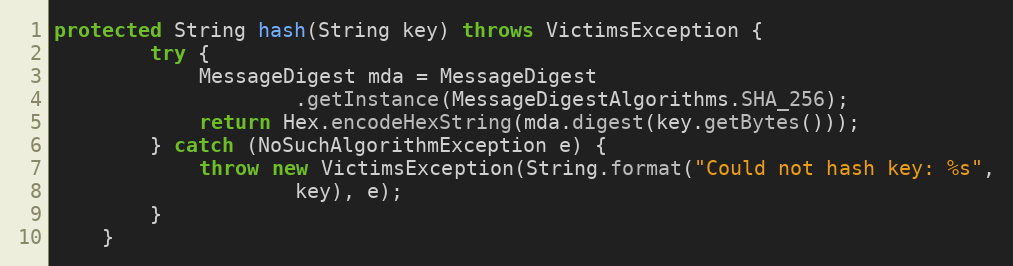
Language: Java
protected String hash(String key) throws VictimsException {
        try {
            MessageDigest mda = MessageDigest
                    .getInstance(MessageDigestAlgorithms.SHA_256);
            return Hex.encodeHexString(mda.digest(key.getBytes()));
        } catch (NoSuchAlgorithmException e) {
            throw new VictimsException(String.format("Could not hash key: %s",
                    key), e);
        }
    }